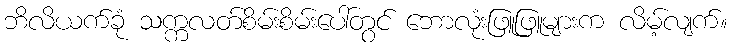
ဘိလိယက်ခုံ သက္ကလတ်စိမ်းစိမ်းပေါ်တွင် ဘောလုံးဖြူဖြူများက လိမ့်လျက်။